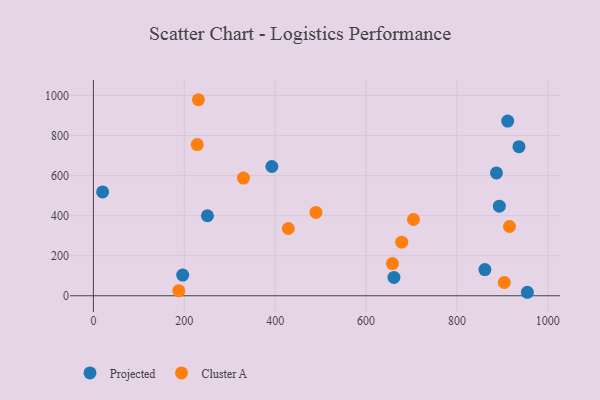
{"axis": {"x": "Price", "y": "Profit"}, "legend": ["Cluster A", "Projected"], "data": [{"x": "936.4", "y": 744.4, "type": "Projected"}, {"x": "250.9", "y": 399.4, "type": "Projected"}, {"x": "911.6", "y": 872.1, "type": "Projected"}, {"x": "893.2", "y": 447.1, "type": "Projected"}, {"x": "196.5", "y": 103.4, "type": "Projected"}, {"x": "861.4", "y": 130.8, "type": "Projected"}, {"x": "886.9", "y": 613.4, "type": "Projected"}, {"x": "954.9", "y": 17.4, "type": "Projected"}, {"x": "20.3", "y": 518.6, "type": "Projected"}, {"x": "661.3", "y": 91.6, "type": "Projected"}, {"x": "392.7", "y": 645.4, "type": "Projected"}, {"x": "330.2", "y": 587.5, "type": "Cluster A"}, {"x": "428.8", "y": 335.9, "type": "Cluster A"}, {"x": "489.7", "y": 416.1, "type": "Cluster A"}, {"x": "228.4", "y": 754.7, "type": "Cluster A"}, {"x": "231.1", "y": 978.7, "type": "Cluster A"}, {"x": "187.9", "y": 25.2, "type": "Cluster A"}, {"x": "704.3", "y": 380.7, "type": "Cluster A"}, {"x": "915.5", "y": 345.7, "type": "Cluster A"}, {"x": "904.1", "y": 66.2, "type": "Cluster A"}, {"x": "678.5", "y": 267.4, "type": "Cluster A"}, {"x": "657.9", "y": 160.8, "type": "Cluster A"}]}